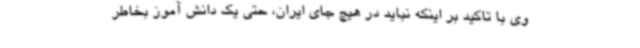
وی با تاکید بر اینکه نباید در هیچ جای ایران، حتی یک دانش آموز بخاطر